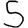
Digit: 5